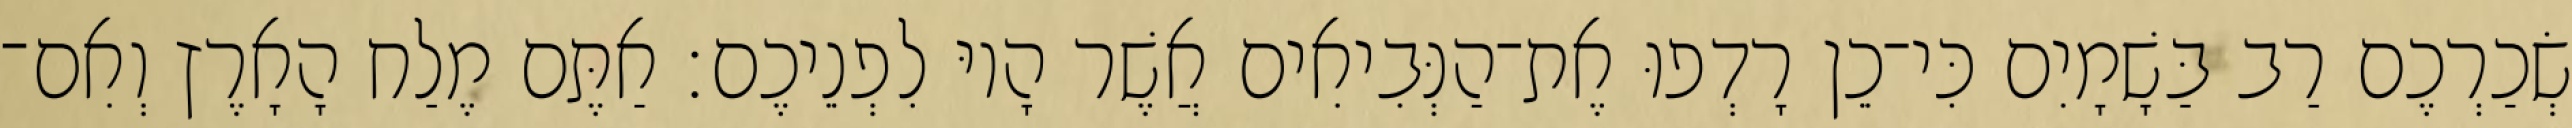
שְׂכַרְכֶם רַב בַּשָׁמָיִם כִּי־כֵן רָדְפוּ אֶת־הַנְּבִיאִים אֲשֶׁר הָיוּ לִפְנֵיכֶם׃ אַתֶּם מֶלַח הָאָרֶץ וְאִם־